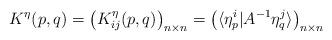
LaTeX: \begin{align*}K^{\eta}(p,q)=\left(K_{ij}^{\eta}(p,q)\right)_{n\times n}=\left(\langle\eta_p^i|A^{-1}\eta_q^j\rangle\right)_{n\times n}\end{align*}